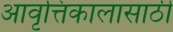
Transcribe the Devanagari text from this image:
आवृत्तिकालासाठी